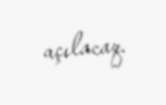
açılacaq.